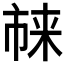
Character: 𪲬